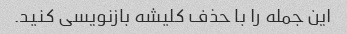
این جمله را با حذف کلیشه بازنویسی کنید.